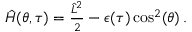
\begin{array} { r } { \hat { H } ( \theta , \tau ) = \frac { \hat { L } ^ { 2 } } { 2 } - \epsilon ( \tau ) \cos ^ { 2 } ( \theta ) \, . } \end{array}